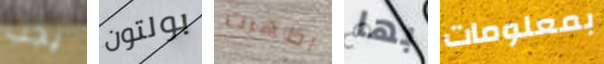
يجب بولتون اظهرت بها بمعلومات